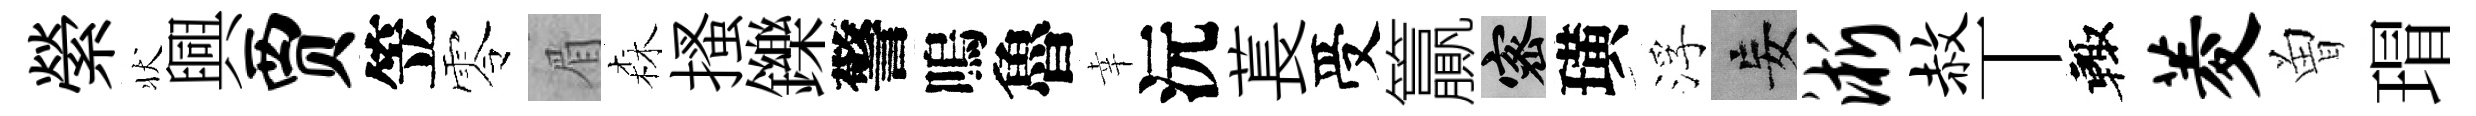
縈状興贾笠零眉森搔鑠警嗚魯幸沅萇受籯密璜浮妄淅赦丅輙菱曽瑁